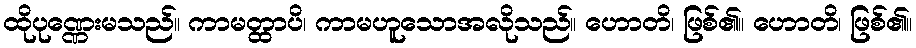
ထိုပုဏ္ဏေးမသည်။ ကာမတ္ထာပိ၊ ကာမဟူသောအလိုသည်။ ဟောတိ၊ ဖြစ်၏။ ဟောတိ၊ ဖြစ်၏။